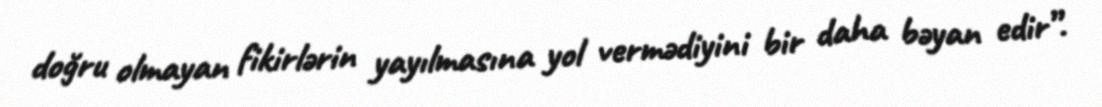
doğru olmayan fikirlərin yayılmasına yol vermədiyini bir daha bəyan edir”.